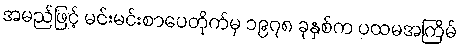
အမည်ဖြင့် မင်းမင်းစာပေတိုက်မှ ၁၉၇၈ ခုနှစ်က ပထမအကြိမ်